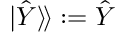
| \hat { Y } \rangle \! \rangle : = \hat { Y }